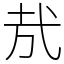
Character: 㢤